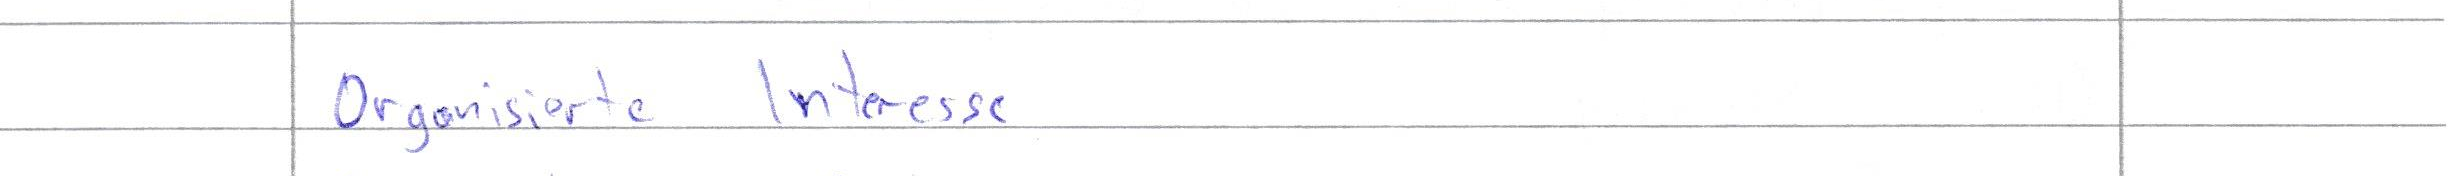
Organisierte Interesse